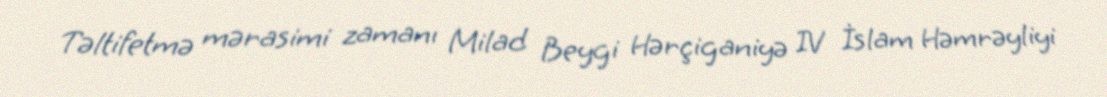
Təltifetmə mərasimi zamanı Milad Beygi Hərçiganiyə IV İslam Həmrəyliyi